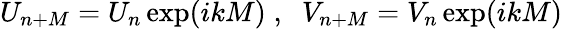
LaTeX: U_{n+M}=U_{n}\exp(ikM)\; ,\; \; V_{n+M}=V_{n}\exp(ikM)